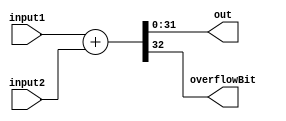
module Adder32Bit(input1, input2, out, overflowBit);

  input [31:0] input1, input2;
  output [31:0] out;
  reg [31:0]out;
  output overflowBit;
  reg overflowBit;

      always@(input1 or input2)
        begin

          {overflowBit , out } = input1 + input2;

        end

endmodule